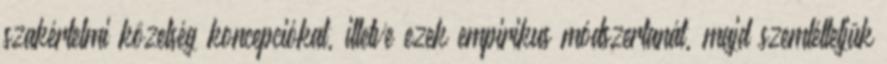
szakértelmi közelség koncepciókat, illetve ezek empirikus módszertanát, majd szemléltetjük